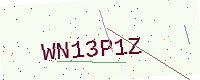
Text: WN13P1Z